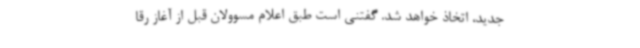
جدید، اتخاذ خواهد شد. گفتنی است طبق اعلام مسوولان قبل از آغاز رقا